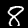
Label: 8